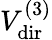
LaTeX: V_{\mathrm{dir}}^{(3)}